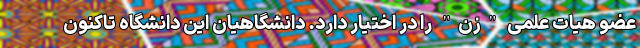
عضو هیات علمی "زن" را در اختیار دارد. دانشگاهیان این دانشگاه تاکنون